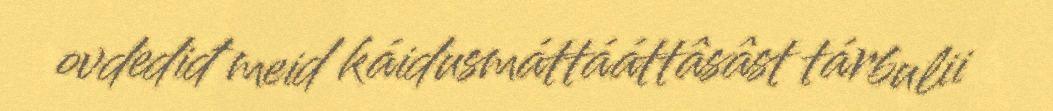
ovdediđ meid káidusmáttááttâsâst tárbulii